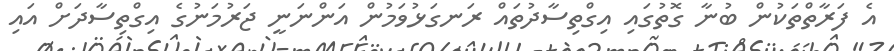
އެ ފަރާތްތަކުން ބުނާ ގޮތުގައި އިގްތިސާދުތައް ރަނގަޅުވަމުން އަންނަނީ ޖަރުމަނުގެ އިގްތިސާދަށް އައި